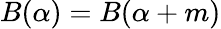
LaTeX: B(\alpha)=B(\alpha+m)